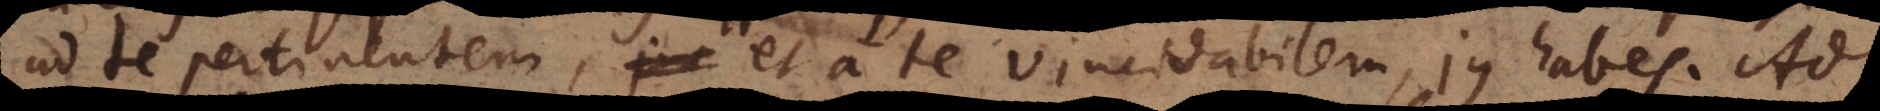
ad te pertinentem, et a te vindicabilem, jus habes. Ad